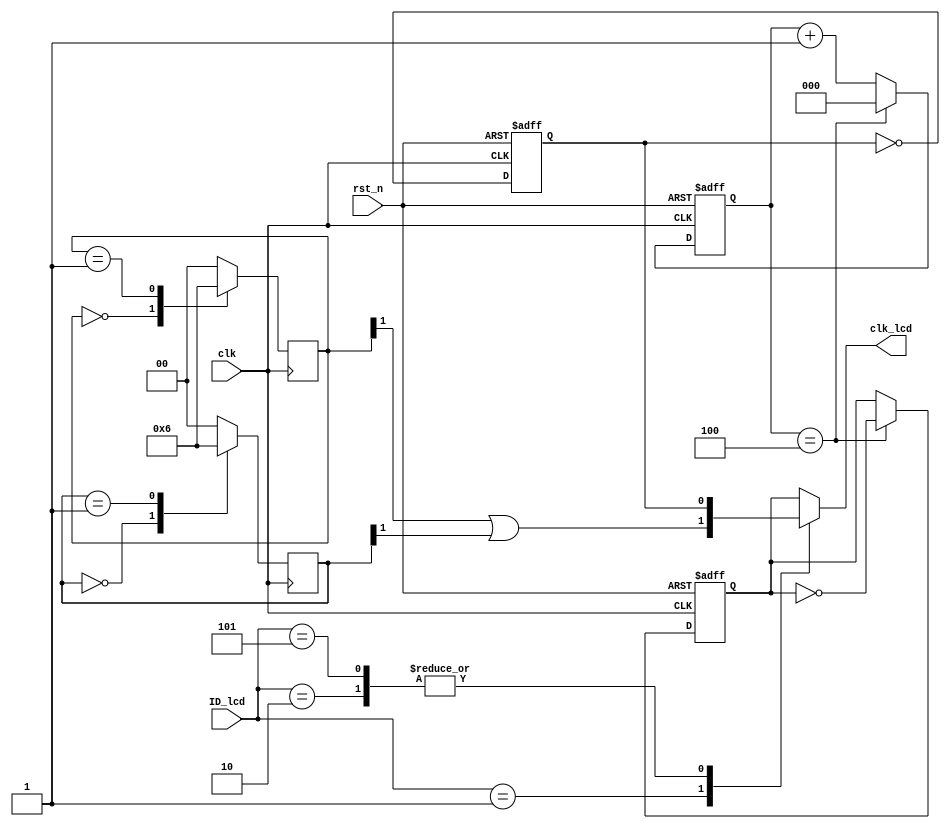


module clk_div(
    input                 clk    ,
    input                 rst_n  ,
    input  [15:0]         ID_lcd , 
    output reg            clk_lcd  

);


parameter  ID_4342 =  0;
parameter  ID_7084 =  1;
parameter  ID_7016 =  2;
parameter  ID_1018 =  5;


wire  clk_33m;

reg  [1:0]  state_33m_0;
reg  [1:0]  state_33m_1;
reg  [2:0]  cnt_10m;
reg         clk_50m;
reg         clk_10m;


always @ (posedge clk or negedge rst_n) begin
    if(!rst_n)
        clk_50m <= 1'b0;
    else 
        clk_50m <= ~ clk_50m ;
end 

always @ (posedge clk ) begin 
    case (state_33m_0)
        2'b00 : state_33m_0 <= 2'b01;
        2'b01 : state_33m_0 <= 2'b10;
        2'b10 : state_33m_0 <= 2'b00;
    default : state_33m_0 <= 2'b00;
    endcase
end 

always @ (negedge clk ) begin 
    case (state_33m_1)
        2'b00 : state_33m_1 <= 2'b01;
        2'b01 : state_33m_1 <= 2'b10;
        2'b10 : state_33m_1 <= 2'b00;
    default : state_33m_1 <= 2'b00;
    endcase
end 

assign clk_33m = state_33m_0[1] | state_33m_1[1];

always @ (posedge clk or negedge rst_n) begin
    if(!rst_n)
        cnt_10m  <= 3'd0;
    else if(cnt_10m == 3'd4)
        cnt_10m <= 3'd0;
    else 
        cnt_10m <= cnt_10m + 1'b1;
end 

always @ (posedge clk or negedge rst_n) begin
    if(!rst_n)
        clk_10m <= 1'b0;
    else if(cnt_10m == 3'd4)
        clk_10m <= ~ clk_10m;
    else
        clk_10m <= clk_10m;
end 

always @ ( * ) begin
    case(ID_lcd)
        ID_4342: clk_lcd = clk_10m;
        ID_7084: clk_lcd = clk_33m;
        ID_7016: clk_lcd = clk_50m;
        ID_1018: clk_lcd = clk_50m;
    default : clk_lcd = clk_10m;
    endcase
end 

endmodule